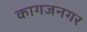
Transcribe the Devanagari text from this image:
कागजनगर